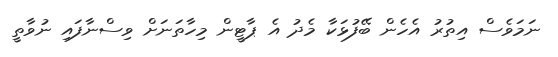
ނަމަވެސް އިތުރު އެހެން ބޭފުޅަކާ މެދު އެ ޕާޓީން މިހާތަނަށް ވިސްނާފައި ނުވާތީ